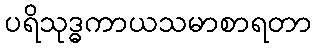
ပရိသုဒ္ဓကာယသမာစာရတာ